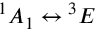
{ } ^ { 1 } A _ { 1 } \leftrightarrow { } ^ { 3 } E